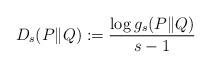
LaTeX: \begin{align*} D_{s}(P \| Q) &:= \frac{\log g_{s}(P \| Q)}{s-1}\end{align*}